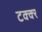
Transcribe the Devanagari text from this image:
टक्क्‍र